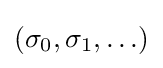
\textstyle (\sigma _{0},\sigma _{1},\ldots )